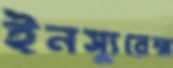
ইনস্যুরেন্স